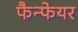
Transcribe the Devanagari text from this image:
फैन्फेयर